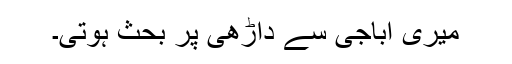
میری اباجی سے داڑھی پر بحث ہوتی۔